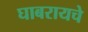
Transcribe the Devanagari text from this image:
घाबरायचे